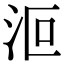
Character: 𣲳